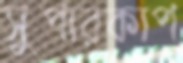
সুপারকাপ